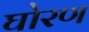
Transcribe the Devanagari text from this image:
घोरण